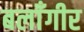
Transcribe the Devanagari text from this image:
बलाँगीर